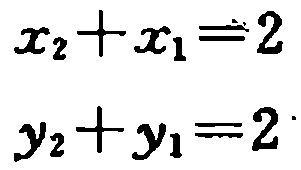
\[

x_{2}+x_{1}=2

\]

\[

y_{2}+y_{1}=2

\]